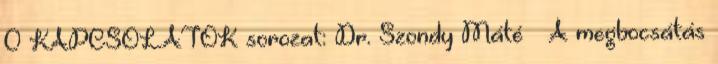
0 KAPCSOLATOK sorozat: Dr. Szondy Máté – A megbocsátás